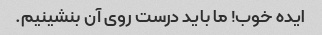
ایده خوب! ما باید درست روی آن بنشینیم.